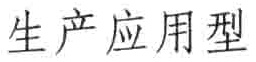
生产应用型